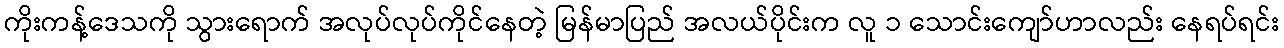
ကိုးကန့်ဒေသကို သွားရောက် အလုပ်လုပ်ကိုင်နေတဲ့ မြန်မာပြည် အလယ်ပိုင်းက လူ ၁ သောင်းကျော်ဟာလည်း နေရပ်ရင်း